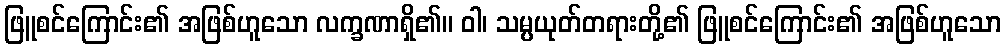
ဖြူစင်ကြောင်း၏ အဖြစ်ဟူသော လက္ခဏာရှိ၏။ ဝါ၊ သမ္ပယုတ်တရားတို့၏ ဖြူစင်ကြောင်း၏ အဖြစ်ဟူသော